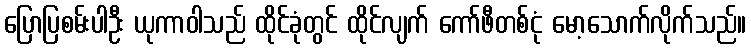
ပြောပြစမ်းပါဦး ယုကာဝါသည် ထိုင်ခုံတွင် ထိုင်လျက် ကော်ဖီတစ်ငုံ မော့သောက်လိုက်သည်။